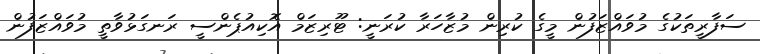
ސަފާރީތަކުގެ މުވައްޒަފުން މީގެ ކުރިން މުޒާހަރާ ކުރަނީ: ޓޫރިޒަމް އޮކިއުޕެންސީ ރަނގަޅުވާތީ މުވައްޒަފުން